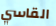
القاسي